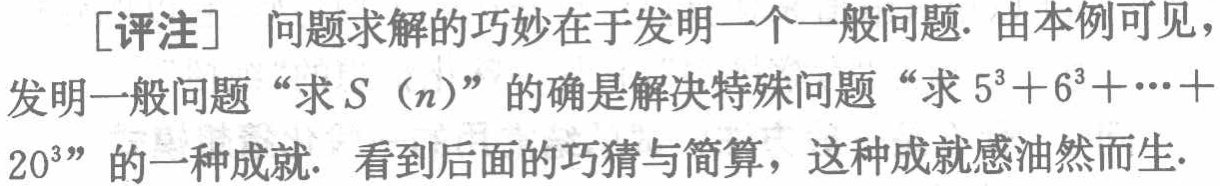
[评注] 问题求解的巧妙在于发明一个一般问题. 由本例可见，发明一般问题 “求\(S(n)\)” 的确是解决特殊问题 “求 \(5^{3}+6^{3}+\cdots +20^{3}\)” 的一种成就. 看到后面的巧猜与简算，这种成就感油然而生.